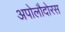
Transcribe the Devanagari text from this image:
अपोलौदोरस